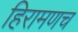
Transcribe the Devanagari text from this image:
हिरामणच